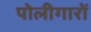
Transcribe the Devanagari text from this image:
पोलीगारों